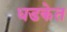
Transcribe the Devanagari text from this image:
धडकेत